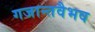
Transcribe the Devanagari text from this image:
गजान्तवैभव